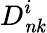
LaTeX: D_{\mathit{nk}}^{i}